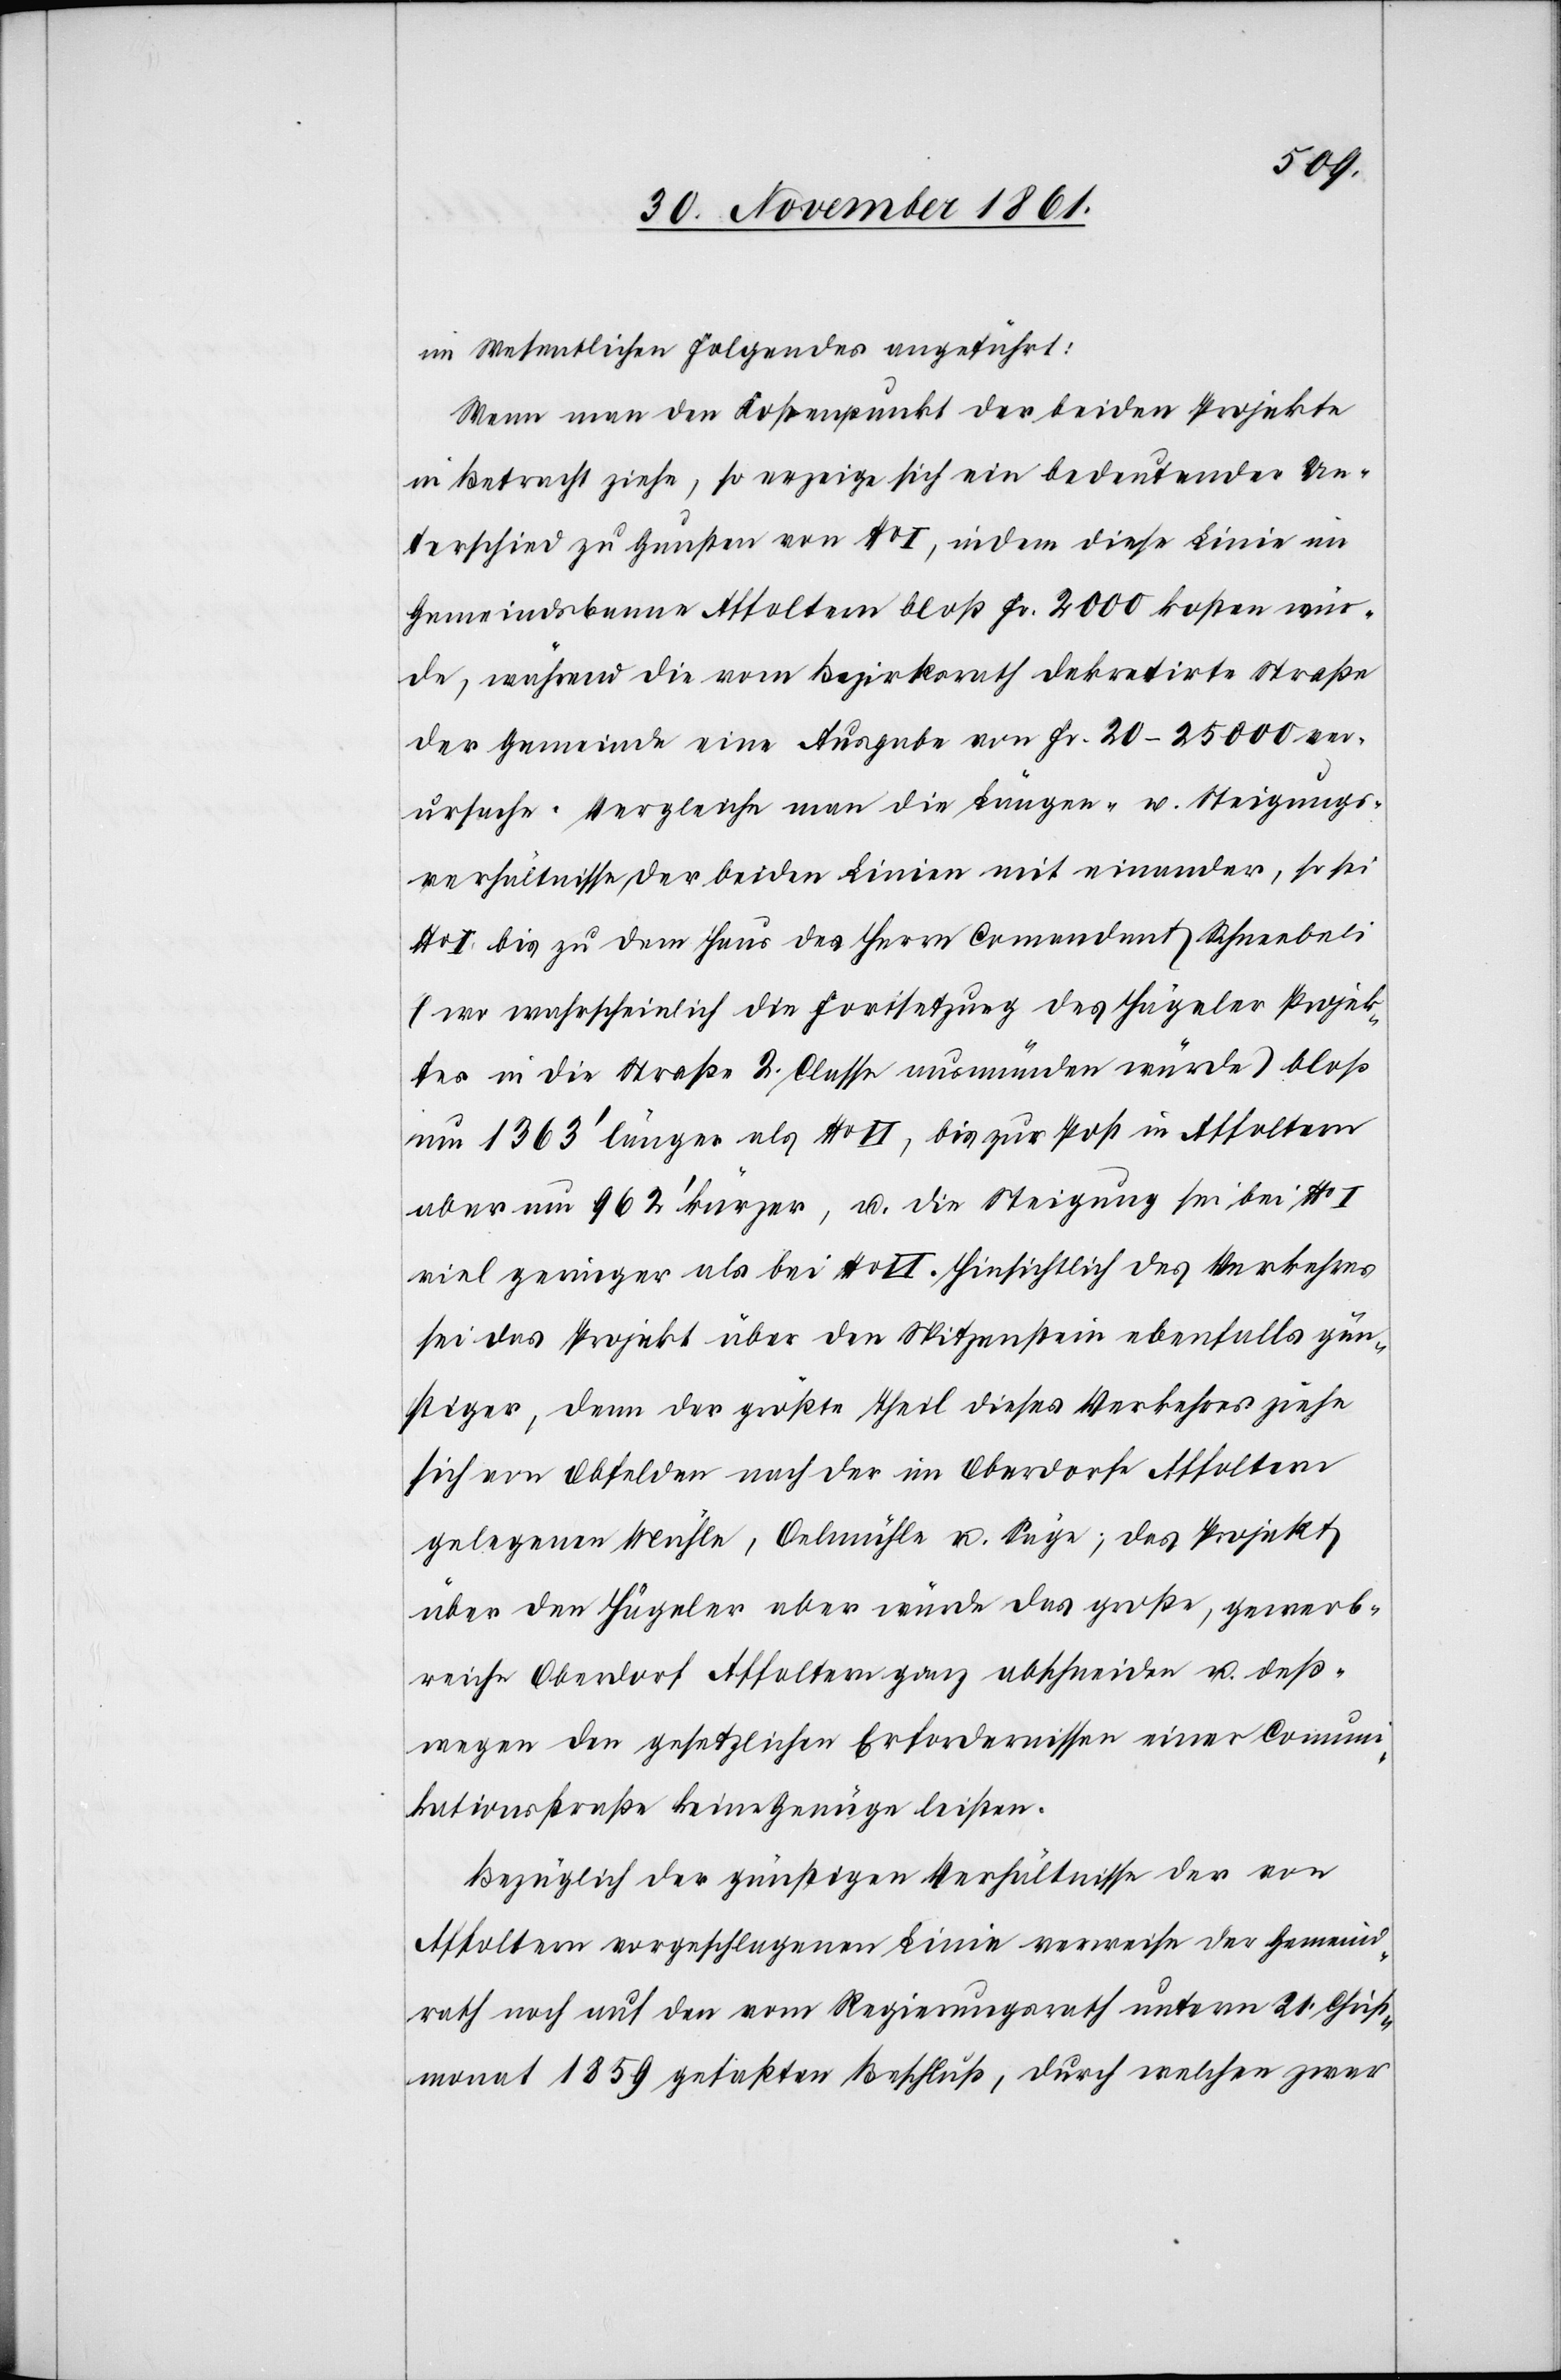
im Wesentlichen Folgendes angeführt:
Wenn man den Kostenpunkt der beiden Projekte
in Betracht ziehe, so erzeige sich ein bedeutender Un¬
terschied zu Gunsten von No I, indem diese Linie im
Gemeindsbanne Affoltern bloß Fr. 2000 kosten wür¬
de, während die vom Bezirksrath dekretirte Straße
der Gemeinde eine Ausgabe von Fr. 20–25 000 ver¬
ursache. Vergleiche man die Längen- u. Steigungs¬
verhältnisse der beiden Linien mit einander, so sei
No I bis zu dem Haus des Herrn Commandant Schneebeli
(wo wahrscheinlich die Fortsetzung des Hägeler Projek¬
tes in die Straße 2 Classe ausmünden würde) bloß
um 1363’ länger No II, bis zur Post in Affoltern
aber um 962’ kürzer, u. die Steigung sei bei No I
viel geringer als bei No II. Hinsichtlich des Verkehres
sei das Projekt über den Spitzenstein ebenfalls gün¬
stiger, denn der größte Theil dieses Verkehres ziehe
sich von Obfelden nach der im Oberdorfe Affoltern
gelegenen Mühle, Oelmühle u. Säge; das Projekt
über den Hägeler aber würde das große, gewerb¬
reiche Oberdorf Affoltern ganz abschneiden u. deß¬
wegen den gesetzlichen Erfordernissen einer Commun¬
ikationsstraße kein Genüge leisten.
Bezüglich der günstigen Verhältnisse der von
Affoltern vorgeschlagenen Linie verweise der Gemeind¬
rath noch auf den vom Regierungsrath unterm 21 Christ¬
monat 1859 gefaßten Beschluß, durch welchen zwar